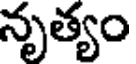
నృత్యం